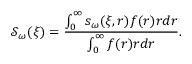
\mathcal { S } _ { \omega } ( \xi ) = \frac { \int _ { 0 } ^ { \infty } s _ { \omega } ( \xi , r ) f ( r ) r d r } { \int _ { 0 } ^ { \infty } f ( r ) r d r } .